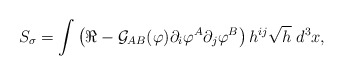
\begin{align*}S_{\sigma}=\int \left(\Re -{\cal G}_{AB}(\varphi )\partial_i\varphi^A\partial_j\varphi^B\right)h^{ij}\sqrt{h}\;d^3x,\end{align*}